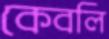
কেবলি